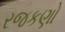
રજકણો